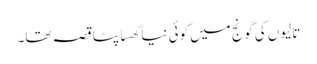
تالیوں کی گونج میں کوئی نیا گھسا پٹا قصہ تھا۔